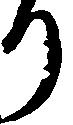
り